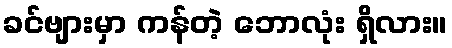
ခင်ဗျားမှာ ကန်တဲ့ ဘောလုံး ရှိလား။